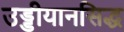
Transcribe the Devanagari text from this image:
उड्डीयानसिद्ध